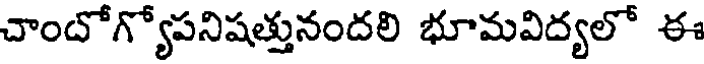
చాందోగ్యోపనిషత్తునందలి భూమవిద్యలో ఈ